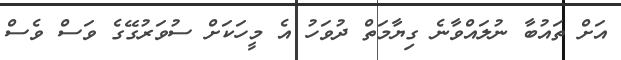
އަށް ތައުބާ ނުލައްވާނެ ގިޔާމަތް ދުވަހު އެ މީހަކަށް ސުވަރުގޭގެ ވަސް ވެސް